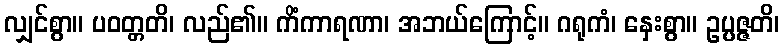
လျှင်စွာ။ ပဝတ္တတိ၊ လည်၏။ ကိံကာရဏာ၊ အဘယ်ကြောင့်။ ဂရုကံ၊ နှေးစွာ။ ဥပ္ပဇ္ဇတိ၊